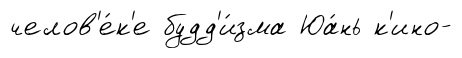
челов'е́к'е будд'и́зма Юа́нь к'ино-